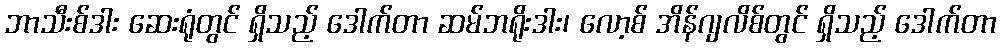
ဘာသီးစ်ဒါး ဆေးရုံတွင် ရှိသည့် ဒေါက်တာ ဆမ်ဘရိုးဒါး၊ လော့စ် အိန်ဂျလိစ်တွင် ရှိသည့် ဒေါက်တာ